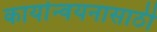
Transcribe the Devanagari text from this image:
कार्यान्वयनासाठी